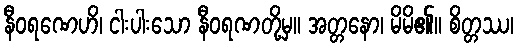
နီဝရဏေဟိ၊ ငါးပါးသော နီဝရဏတို့မှ။ အတ္တနော၊ မိမိ၏။ စိတ္တဿ၊